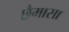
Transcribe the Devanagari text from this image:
छैमासा